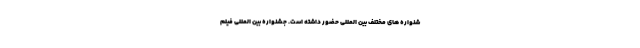
شنواره های مختلف بین المللی حضور داشته است. جشنواره بین المللی فیلم